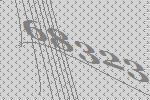
68323